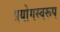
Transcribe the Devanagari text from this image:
प्रयोगस्वरूप